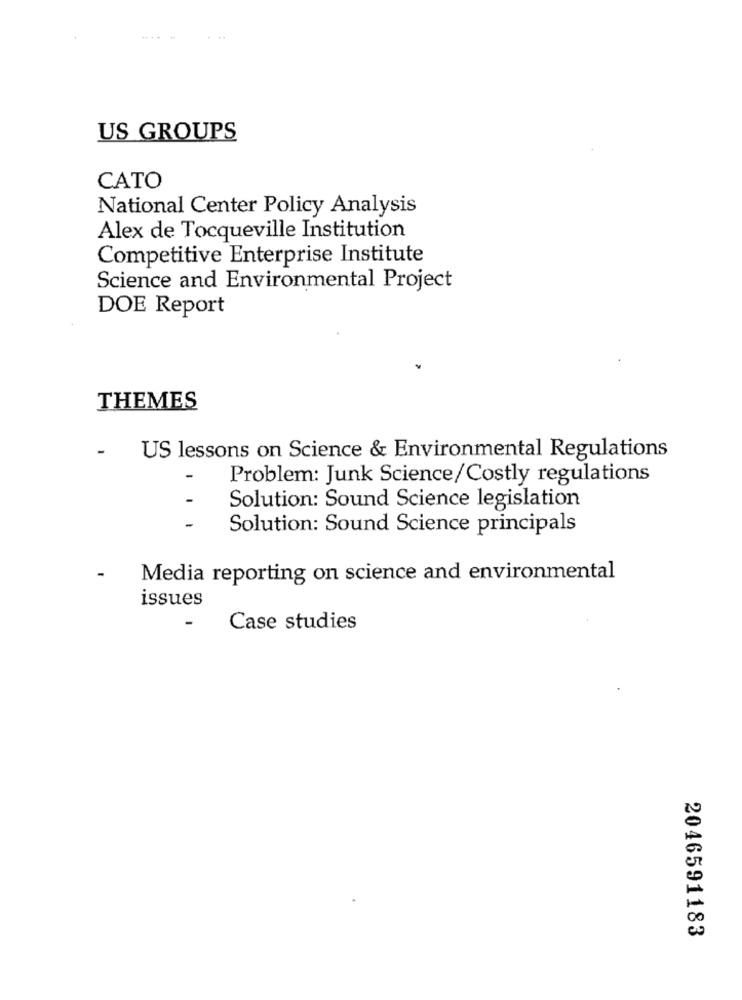
US GROUPS
CATO
National Center Policy Analysis
Alex de Tocqueville Institution
Competitive Enterprise Institute
Science and Environmental Project
DOE Report
THEMES
-
US lessons on Science & Environmental Regulations
Problem: Junk Science/Costly regulations
Solution: Sound Science legislation
Solution: Sound Science principals
-
Media reporting on science and environmental
issues
Case studies
2046591183